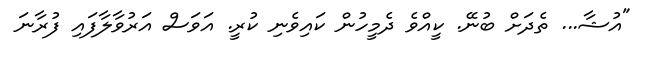
"އުޝާ... ތެދަށް ބުނޭ. ކީއްވެ ދެމީހުން ކައިވެނި ކުރީ. އަވަސް އަރުވާލާފައި ފުރާނަ